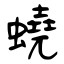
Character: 蟯